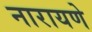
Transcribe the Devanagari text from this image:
नारायणे